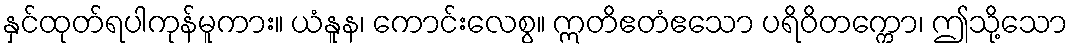
နှင်ထုတ်ရပါကုန်မူကား။ ယံနူန၊ ကောင်းလေစွ။ ဣတိဧတံဧသော ပရိဝိတက္ကော၊ ဤသို့သော